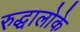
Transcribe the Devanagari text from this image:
रुद्धालोके